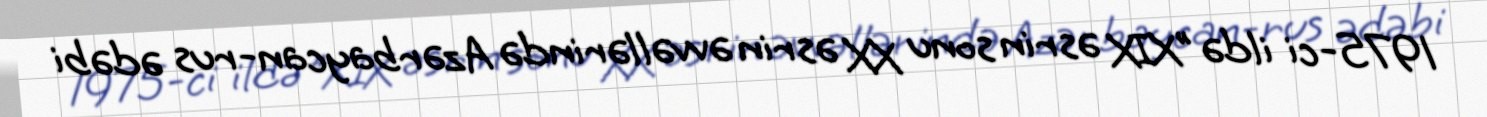
1975-ci ildə "XIX əsrin sonu XX əsrin əvvəllərində Azərbaycan-rus ədəbi